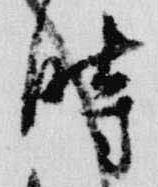
時